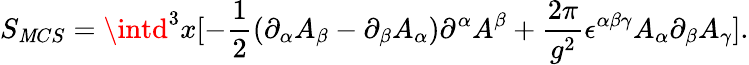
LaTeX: S_{\mathit{M}CS}=\intd^{3}x[-\frac{{1}}{{2}}(\partial_{\alpha}A_{\beta}-\partial_{\beta}A_{\alpha})\partial^{\alpha}A^{\beta}+\frac{{2\pi}}{{g^{2}}}\epsilon^{\alpha\beta\gamma}A_{\alpha}\partial_{\beta}A_{\gamma}].